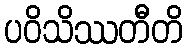
ပဝိသိဿတီတိ